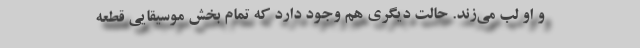
و او لب می‌زند. حالت دیگری هم وجود دارد که تمام بخش موسیقایی قطعه